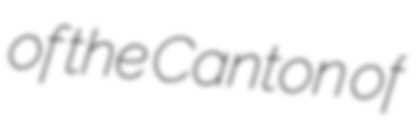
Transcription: of the Canton of